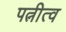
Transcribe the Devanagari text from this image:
पत्नीत्व